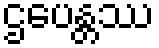
ဌပေန္တဿ